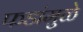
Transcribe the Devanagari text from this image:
फडांमुळे